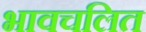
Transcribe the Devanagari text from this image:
भावचलित